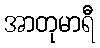
အာတုမာရီ